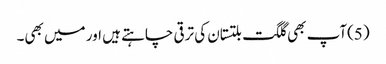
(5)آپ بھی گلگت بلتستان کی ترقی چاہتے ہیں اور میں بھی۔